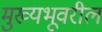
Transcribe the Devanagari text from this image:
मुख्यभूवरील